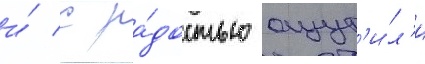
и́ с ра́достью ощут'и́л'и